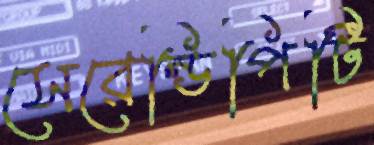
সেরেন্ডিপিটি